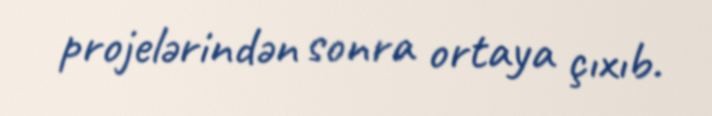
projelərindən sonra ortaya çıxıb.